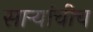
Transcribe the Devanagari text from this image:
सार्‍यांचीच